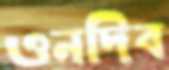
ওনদিব